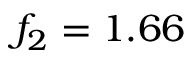
f _ { 2 } = 1 . 6 6